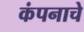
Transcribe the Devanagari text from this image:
कंपनाचे